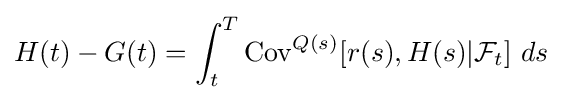
H(t)-G(t)=\int _{t}^{T}\mathrm {Cov} ^{Q(s)}[r(s),H(s)|{\mathcal {F}}_{t}]\ ds